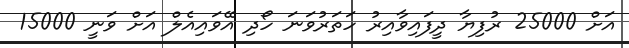
އަށް 25000 ރުފިޔާ ދީފައިވާއިރު ހަތަރުވަނަ ހޯދި އޭވައިއެލް އަށް ވަނީ 15000